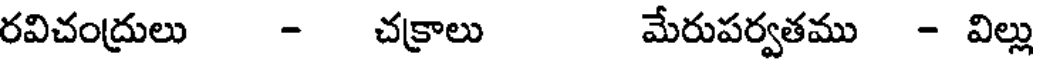
రవిచంద్రులు - చక్రాలు మేరుపర్వతము - విల్లు